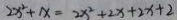
2 x ^ { 2 } + x = 2 x ^ { 2 } + 2 x + 2 x + 2